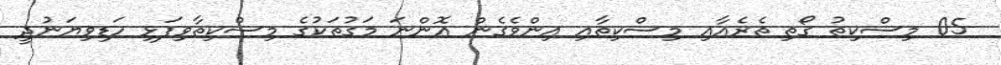
05 މިސްކިތު ގޯތި ތެރެއާއި މިސްކިތާއި އިންވެގެން އޮންނަ މަގުތަކުގެ މިސްކިތާވިފަޅި ހަޑިވިޔަނުދީ